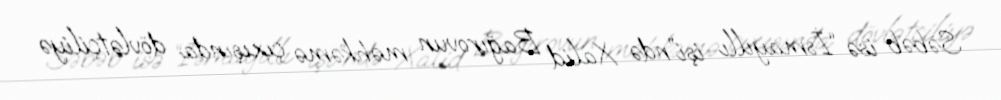
Səbəb isə “İsmayıllı işi”ndə Xalid Bağırovun məhkəmə çıxışında dövlətçiliyə